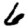
Digit: 6